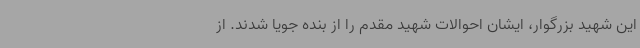
این شهید بزرگوار، ایشان احوالات شهید مقدم را از بنده جویا شدند. از